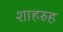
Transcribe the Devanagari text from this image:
शाहरुह